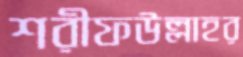
শরীফউল্লাহর